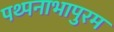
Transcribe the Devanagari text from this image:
पथ्पनाभापुरम